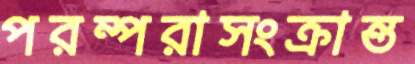
পরম্পরাসংক্রান্ত